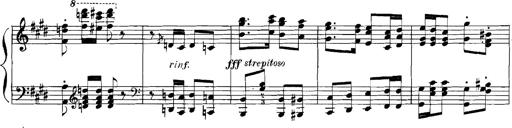
Title: Rhapsodies hongroises
Composer: Franz Liszt